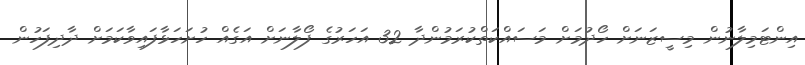
އިންޓަމިލާނުން މިސީޒަނަށް ހޯދުމަށް މަސައްކަތްކުރަމުންދާ 32 އަހަރުގެ ފޯލާނަށް އަގެއް ހުށަހަޅާފައިވާކަމަށް ދާދިފަހުން